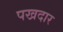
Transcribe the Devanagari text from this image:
पखदार